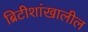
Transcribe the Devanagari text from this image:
ब्रिटीशांखालील